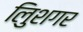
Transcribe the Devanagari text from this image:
लुिशगर